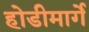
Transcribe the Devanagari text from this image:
होडीमार्गे